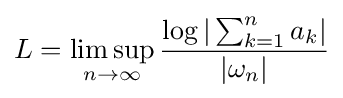
L=\limsup _{n\to \infty }{\frac {\log \vert \sum _{k=1}^{n}a_{k}\vert }{|\omega _{n}|}}